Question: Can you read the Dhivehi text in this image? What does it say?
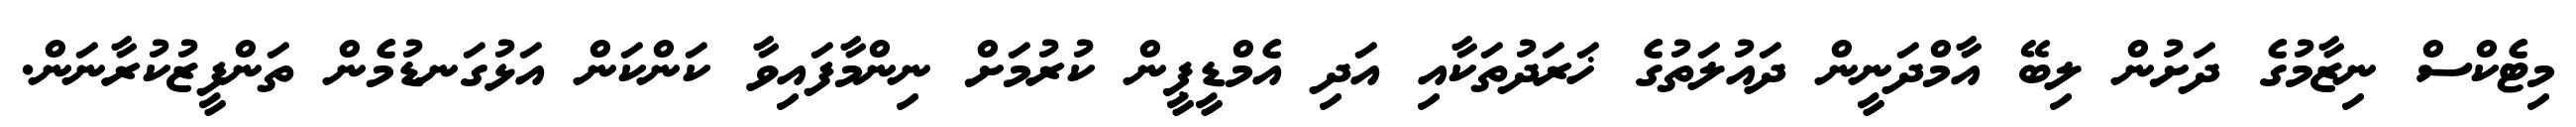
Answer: މިޓެކްސް ނިޒާމުގެ ދަށުން ލިބޭ އާމްދަނީން ދައުލަތުގެ ޚަރަދުތަކާއި އަދި އެމްޑީޕީން ކުރުމަށް ނިންމާފައިވާ ކަންކަން އަޅުގަނޑުމެން ތަންފީޒުކުރާނަން.